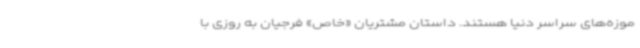
موزه‌های سراسر دنیا هستند. داستان مشتریان «خاص» فرجیان به روزی با